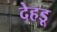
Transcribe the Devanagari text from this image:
देहडू